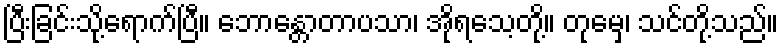
ပြီးခြင်းသို့ရောက်ပြီ။ ဘောန္တောတာပသာ၊ အိုရသေ့တို့။ တုမှေ၊ သင်တို့သည်။